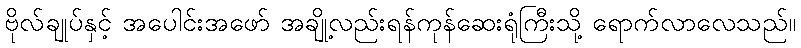
ဗိုလ်ချုပ်နှင့် အပေါင်းအဖော် အချို့လည်းရန်ကုန်ဆေးရုံကြီးသို့ ရောက်လာလေသည်။